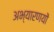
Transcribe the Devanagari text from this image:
अभ्यारणयों